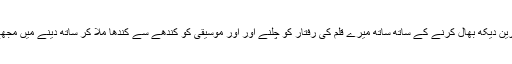
اُس نے ہمارے بچوں کی بہترین دیکھ بھال کرنے کے ساتھ ساتھ میرے قلم کی رفتار کو چلنے اور اور موسیقی کو کندھے سے کندھا ملا کر ساتھ دینے میں مجھے بہترین سہارا مہیا کِیا ہے۔